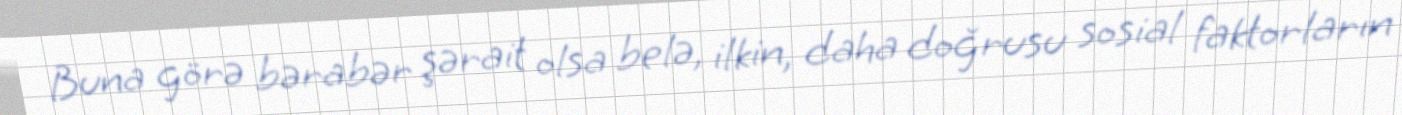
Buna görə bərabər şərait olsa belə, ilkin, daha doğrusu sosial faktorların